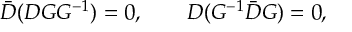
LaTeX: \bar { D } ( D G G ^ { - 1 } ) = 0 , \qquad D ( G ^ { - 1 } \bar { D } G ) = 0 ,